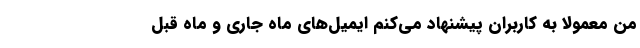
من معمولا به کاربران پیشنهاد می­‌کنم ایمیل‌های ماه جاری و ماه قبل